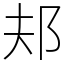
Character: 邞